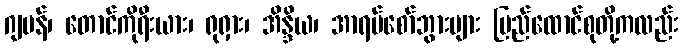
ဂျပန်၊ တောင်ကိုရီးယား၊ ရုရှား၊ အိန္ဒိယ၊ အာရပ်စော်ဘွားများ ပြည်ထောင်စုတို့ကလည်း